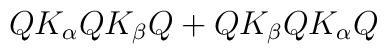
Q K_\alpha Q K_\beta Q + Q K_\beta Q K_\alpha Q